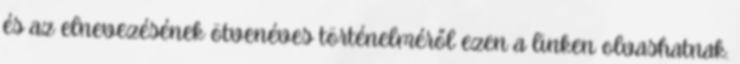
és az elnevezésének ötvenéves történelméről ezen a linken olvashatnak.